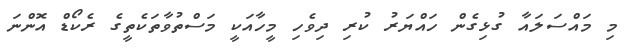
މި މައްސަލައާ ގުޅިގެން ހައްޔަރު ކުރި ދިވެހި މީހާއަކީ މަސްތުވާތަކެތީގެ ރެކޯޑް އޮންނަ